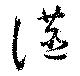
讌